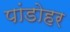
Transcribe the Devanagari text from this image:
पांडोहर